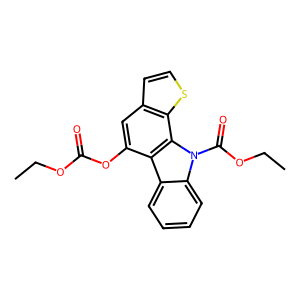
SMILES: CCOC(=O)Oc1cc2ccsc2c2c1c1ccccc1n2C(=O)OCC
Inhibits HIV replication: No